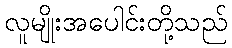
လူမျိုးအပေါင်းတို့သည်